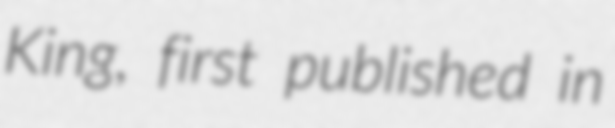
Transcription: King, first published in